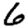
Digit: 6